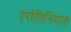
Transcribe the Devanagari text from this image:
एरोलिनियास